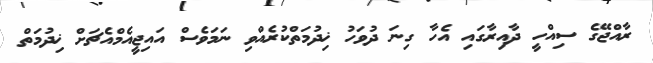
ރާއްޖޭގެ ސިއްހީ ދާއިރާގައި އެހާ ގިނަ ދުވަހު ޚިދުމަތްކުރެއްވި ނަމަވެސް އައިޖީއެމްއެޗަށް ޚިދުމަތް